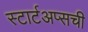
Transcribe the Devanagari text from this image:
स्टार्टअप्सची